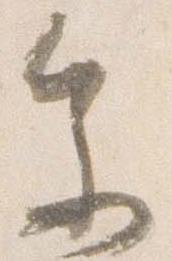
参